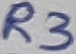
Text: R3